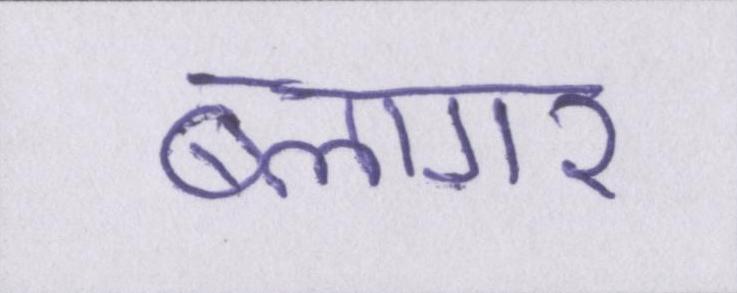
ब्लागर